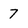
Character: 7